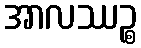
အာလဿဉ္စ